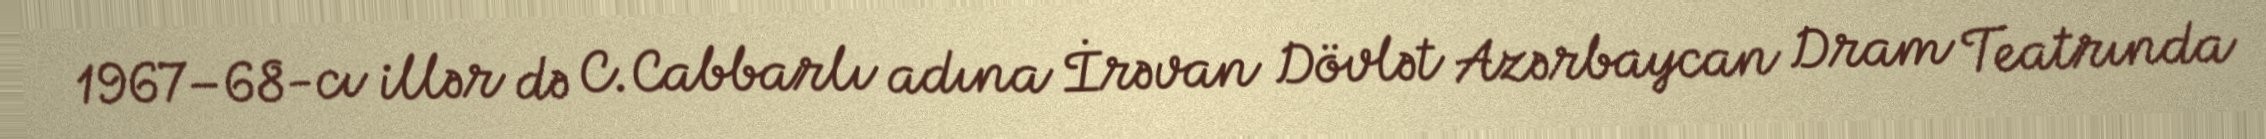
1967–68-cı illər də C.Cabbarlı adına İrəvan Dövlət Azərbaycan Dram Teatrında